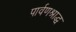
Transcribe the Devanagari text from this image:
पार्वणश्राद्ध